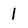
Character: l